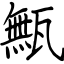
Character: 甒